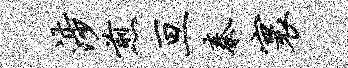
涉煎亘秦寰